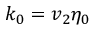
k _ { 0 } = v _ { 2 } \eta _ { 0 }